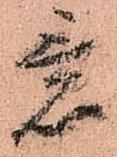
意